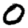
Digit: 0